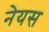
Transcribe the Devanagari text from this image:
नेयस